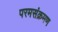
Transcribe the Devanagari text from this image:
परमसंक्रमण